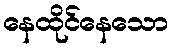
နေထိုင်နေသော